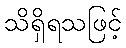
သိရှိရသဖြင့်